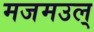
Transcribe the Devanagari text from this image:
मजमउल्